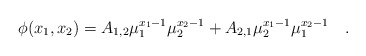
\begin{align*}\phi(x_{1},x_{2})=A_{1,2}\mu_{1}^{x_{1}-1}\mu_{2}^{x_{2}-1}+A_{2,1}\mu_{2}^{x_{1}-1}\mu_{1}^{x_{2}-1}\quad .\end{align*}